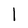
Character: 1